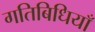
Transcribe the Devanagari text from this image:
गतिबिधियाँ